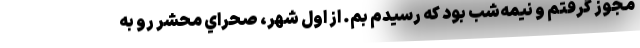
مجوز گرفتم و نيمه‌شب بود كه رسيدم بم. از اول شهر، صحراي محشر رو به